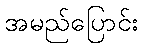
အမည်ပြောင်း